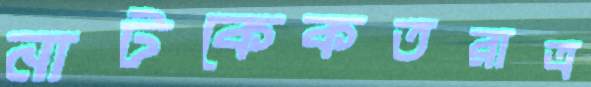
নাটকেকতরাত্র